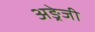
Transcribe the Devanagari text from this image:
अङ्रेजी